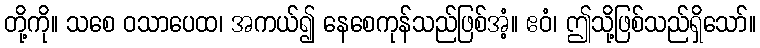
တို့ကို။ သစေ ဝသာပေထ၊ အကယ်၍ နေစေကုန်သည်ဖြစ်အံ့။ ဧဝံ၊ ဤသို့ဖြစ်သည်ရှိသော်။